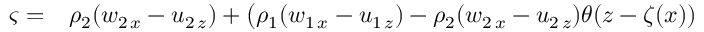
\begin{array} { r l } { \varsigma = } & { { } \rho _ { 2 } ( w _ { 2 \, x } - u _ { 2 \, z } ) + \big ( \rho _ { 1 } ( w _ { 1 \, x } - u _ { 1 \, z } ) - \rho _ { 2 } ( w _ { 2 \, x } - u _ { 2 \, z } ) \theta ( z - \zeta ( x ) ) } \end{array}